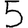
Digit: 5